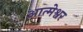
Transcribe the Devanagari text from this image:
आत्मेश्वर